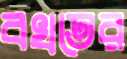
বখতের